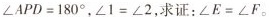
$$\angle APD＝180^{\circ}$$,$$\angle 1＝\angle 2$$,求证$$\angle E＝\angle F$$。